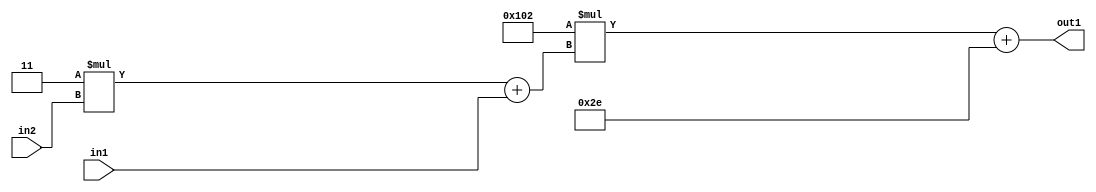
`timescale 1ps / 1ps
/*****************************************************************************
    Verilog RTL Description
    
    
    Created by: Stratus DpOpt 2019.1.01 
*******************************************************************************/

module DC_Filter_Add2i46Mul2i258Add2u1Mul2i3u2_4 (
	in2,
	in1,
	out1
	); /* architecture "behavioural" */ 
input [1:0] in2;
input  in1;
output [11:0] out1;
wire [11:0] asc001;
wire [3:0] asc002;

wire [3:0] asc002_tmp_0;
assign asc002_tmp_0 = 
	+(4'B0011 * in2);
assign asc002 = asc002_tmp_0
	+(in1);

wire [11:0] asc001_tmp_1;
assign asc001_tmp_1 = 
	+(12'B000100000010 * asc002);
assign asc001 = asc001_tmp_1
	+(12'B000000101110);

assign out1 = asc001;
endmodule

/* CADENCE  v7b0Qgk= : u9/ySgnWtBlWxVPRXgAZ4Og= ** DO NOT EDIT THIS LINE ******/